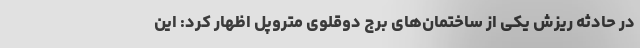
در حادثه ریزش یکی از ساختمان‌های برج دوقلوی متروپل اظهار کرد: این